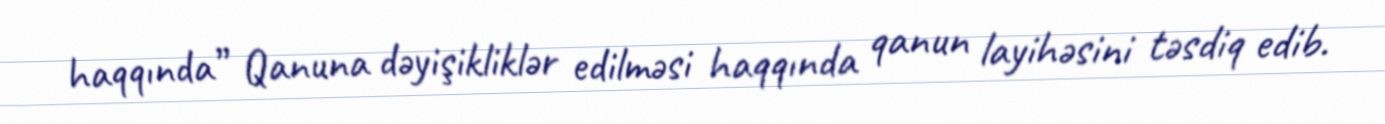
haqqında” Qanuna dəyişikliklər edilməsi haqqında qanun layihəsini təsdiq edib.